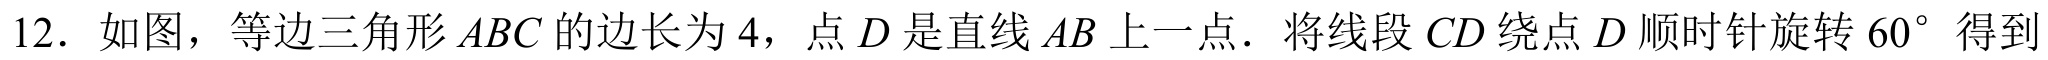
12. 如图，等边三角形\(ABC\)的边长为\(4\)，点\(D\)是直线\(AB\)上一点．将线段\(CD\)绕点\(D\)顺时针旋转\(60^{\circ}\)得到